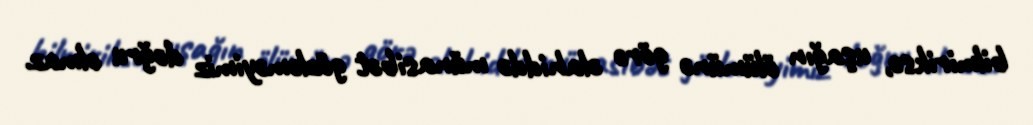
bilmiriksə, uşağın ölümünə görə əlahiddə münasibət gözləməyimiz doğru olmaz.